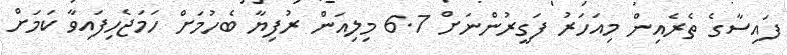
ފައިސާގެ ތެރެއިން މިއަހަރު ފަގީރުންނަށް 6.7 މިލިއަން ރުފިޔާ ބެހުމަށް ހަމަޖެހިފައިވާ ކަމަށް